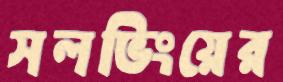
সলভিংয়ের